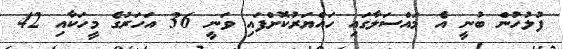
ފުލުހުން ބުނީ އެ މައްސަލާގައި ހައްޔަރުކޮށްފައި ވަނީ 36 އަހަރުގެ މީހަކާއި 42